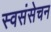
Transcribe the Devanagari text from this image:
स्वसंसेचन